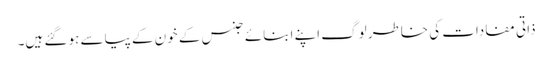
ذاتی مفادات کی خاطر لوگ اپنے ابنائے جنس کے خون کے پیاسے ہو گئے ہیں۔